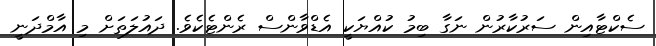
ސެކްޓާއިން ސަރުކާރުން ނަގާ ބިމު ކުއްޔަކީ އެޑްވާންސް ރެންޓެކެވެ. ދައުލަތަށް މި އާމްދަނީ